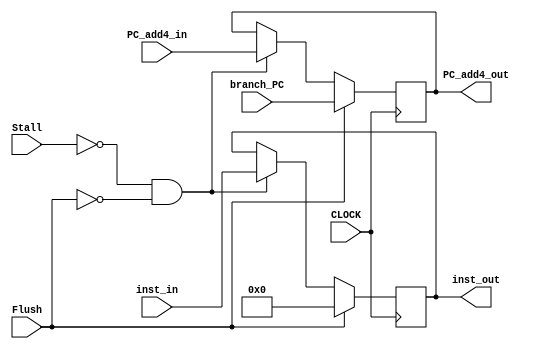
// IF_ID
module IF_ID(
    input CLOCK,
    input [31:0] inst_in,
    input [31:0] PC_add4_in,
    input [31:0] branch_PC,  // check
    input Flush,
    input Stall,
    output reg [31:0] inst_out,
    output reg [31:0] PC_add4_out
);
    always @(posedge CLOCK) begin
        // if no stalling
        if (Stall != 1'b1 && Flush == 1'b0) begin
            inst_out <= inst_in;
            PC_add4_out <= PC_add4_in;
        end
        // flush
        if (Flush == 1'b1) begin
            inst_out <= 32'b0;
            PC_add4_out <= branch_PC;  // check
        end
    end
endmodule

// CONTROL_UNIT
module CONTROL_UNIT(
    input [5:0] opcode_in,
    input [5:0] funct_in,
    output wire RegWrite_out,
    output wire MemtoReg_out,
    output wire MemWrite_out,
    output wire Branch_out,
    output wire Jump_out,
    output wire [5:0] Opcode_out,
    output wire [5:0] Funct_out,
    output wire ALUSrc_out,
    output wire RegDst_out
);

    // R-type
    wire R_add = (opcode_in == 6'b000000 && funct_in == 6'b100000) ? 1:0;
    wire R_addu = (opcode_in == 6'b000000 && funct_in == 6'b100001) ? 1:0;
    wire R_sub = (opcode_in == 6'b000000 && funct_in == 6'b100010) ? 1:0;
    wire R_subu = (opcode_in == 6'b000000 && funct_in == 6'b100011) ? 1:0;
    wire R_and = (opcode_in == 6'b000000 && funct_in == 6'b100100) ? 1:0;
    wire R_nor = (opcode_in == 6'b000000 && funct_in == 6'b100111) ? 1:0;
    wire R_or = (opcode_in == 6'b000000 && funct_in == 6'b100101) ? 1:0;
    wire R_xor = (opcode_in == 6'b000000 && funct_in == 6'b100110) ? 1:0;
    wire R_sll = (opcode_in == 6'b000000 && funct_in == 6'b000000) ? 1:0;
    wire R_sllv = (opcode_in == 6'b000000 && funct_in == 6'b000100) ? 1:0;
    wire R_srl = (opcode_in == 6'b000000 && funct_in == 6'b000010) ? 1:0;
    wire R_srlv = (opcode_in == 6'b000000 && funct_in == 6'b000110) ? 1:0;
    wire R_sra = (opcode_in == 6'b000000 && funct_in == 6'b000011) ? 1:0;
    wire R_srav = (opcode_in == 6'b000000 && funct_in == 6'b000111) ? 1:0;
    wire R_slt = (opcode_in == 6'b000000 && funct_in == 6'b101010) ? 1:0;
    wire R_jr = (opcode_in == 6'b000000 && funct_in == 6'b001000) ? 1:0;

    // I-type
    wire I_addi = (opcode_in == 6'b001000) ? 1:0;
    wire I_addiu = (opcode_in == 6'b001001) ? 1:0;
    wire I_andi = (opcode_in == 6'b001100) ? 1:0;
    wire I_ori = (opcode_in == 6'b001101) ? 1:0;
    wire I_xori = (opcode_in == 6'b001110) ? 1:0;
    wire I_beq = (opcode_in == 6'b000100) ? 1:0;
    wire I_bne = (opcode_in == 6'b000101) ? 1:0;
    wire I_lw = (opcode_in == 6'b100011) ? 1:0;
    wire I_sw = (opcode_in == 6'b101011) ? 1:0;

    // J-type
    wire J_j = (opcode_in == 6'b000010) ? 1:0;
    wire J_jal = (opcode_in == 6'b000011) ? 1:0;

    assign RegWrite_out = (
        R_add | R_addu | I_addi | I_addiu |
            R_sub | R_subu | R_and | I_andi |
            R_nor | R_or | I_ori | R_xor |
            I_xori | R_sll | R_sllv | R_srl |
            R_srlv | R_sra | R_srav | R_slt |
            I_lw
        ) ? 1:0;
    assign MemtoReg_out = (I_lw) ? 1:0;
    assign MemWrite_out = (I_sw) ? 1:0;
    assign Branch_out = (
        I_beq | I_bne
        ) ? 1:0;
    assign Jump_out = (
        J_j | R_jr | J_jal
        ) ? 1:0;
    assign Opcode_out = opcode_in;
    assign Funct_out = funct_in;
    assign ALUSrc_out = (
        I_addi | I_addiu | I_andi | I_ori |
            I_xori | I_lw | I_sw
        ) ? 1:0;
    assign RegDst_out = ~(
        I_addi | I_addiu | I_andi | I_ori |
            I_xori | I_lw | I_sw
        ) ? 1:0;
endmodule


// REG_FILE
module REG_FILE(
    input CLOCK,
    input RegWrite,
    input [4:0] regA_addr,
    input [4:0] regB_addr,
    input [4:0] regD_addr,
    input [31:0] regD_data,
    input Jump_D,
    input [5:0] Opcode_D,
    input [31:0] PC_F,
    output wire [31:0] regA_data,
    output wire [31:0] regB_data
);
    reg [31:0] simu_register [0:31];
    wire [31:0] data_a0 = simu_register[4];
    wire [31:0] data_a1 = simu_register[4];

    initial begin
        simu_register[0] = 32'b0; // zero
        simu_register[28] = 32'h1fffffff; // gp
    end

    assign regA_data = simu_register[regA_addr];
    assign regB_data = simu_register[regB_addr];

    // write
    always @(posedge CLOCK, regD_data) begin
        if (RegWrite == 1'b1) begin
            simu_register[regD_addr] = regD_data;
        end
    end

    // jal
    always @(Jump_D, Opcode_D) begin
        if (Jump_D == 1'b1 && Opcode_D == 6'b000011)
            begin
                simu_register[31] <= PC_F;
            end
    end
endmodule

// SIGN_EXT
module SIGN_EXT(
    input [15:0] imme_in,
    output wire [31:0] se_imme_out
);
    assign se_imme_out = $signed(imme_in);
endmodule

// BRANCH_GEN
module BRANCH_GEN(
    input [31:0] se_imme_in,
    input [31:0] PC_add4_in,
    output [31:0] branch_out
);
    assign branch_out = PC_add4_in+se_imme_in*4;
endmodule

// JUMP_GEN
module JUMP_GEN(
    input [25:0] addr_in,
    input [31:0] PC_add4_in,
    output [31:0] jump_out
);
    assign jump_out = {PC_add4_in[31:28], 28'b0}+({6'b0, addr_in})*4;
endmodule